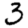
Digit: 3